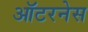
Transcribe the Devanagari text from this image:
ऑटरनेस